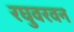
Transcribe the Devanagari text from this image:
रघुवरवन